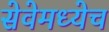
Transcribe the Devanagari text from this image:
सेवेमध्येच